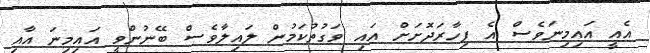
އެއީ އައިމިނަވެސް އެ ފިހާރަދޮށަށް އައި ވަގުތުކަމުން ލައިލާވެސް ބޭނުންވީ އައިމިނަ އާއި